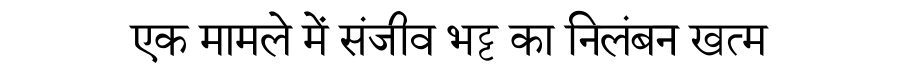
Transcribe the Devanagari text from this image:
एक मामले में संजीव भट्ट का निलंबन खत्म